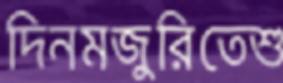
দিনমজুরিতেশু